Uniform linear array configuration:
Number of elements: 32
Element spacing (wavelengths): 0.25
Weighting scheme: hamming
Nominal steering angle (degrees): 60
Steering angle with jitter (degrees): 59.025
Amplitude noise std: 0.05
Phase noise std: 0.05

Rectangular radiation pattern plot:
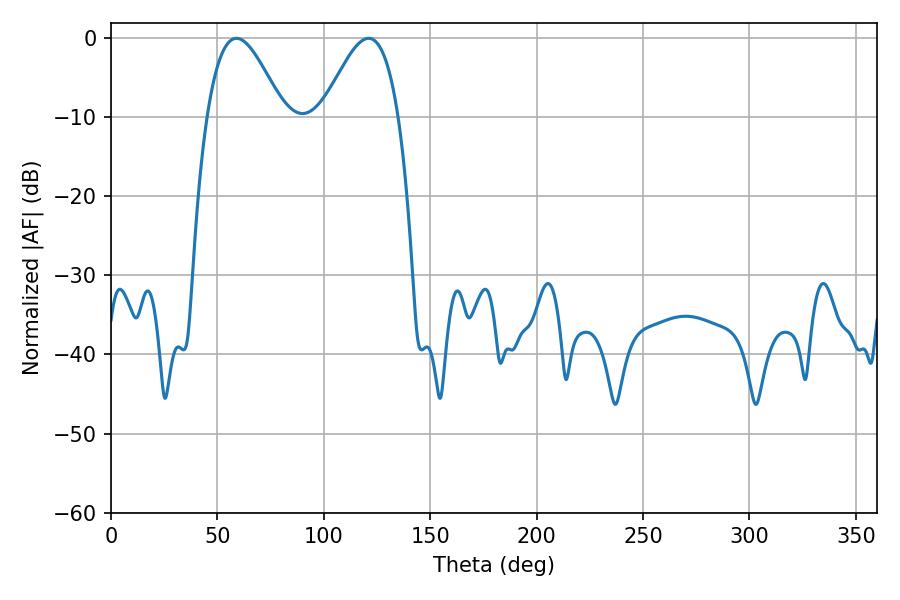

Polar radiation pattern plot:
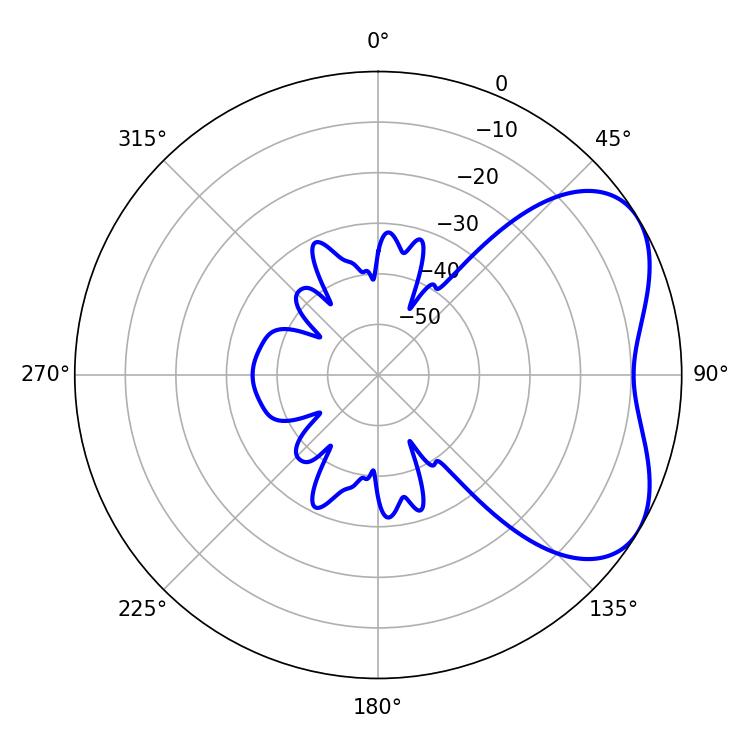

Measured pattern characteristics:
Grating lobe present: FALSE
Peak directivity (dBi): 4.783
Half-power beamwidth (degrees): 19.26
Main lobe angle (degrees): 59.04